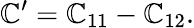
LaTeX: \mathbb{C}^{\prime}=\mathbb{C}_{11}-\mathbb{C}_{12}.